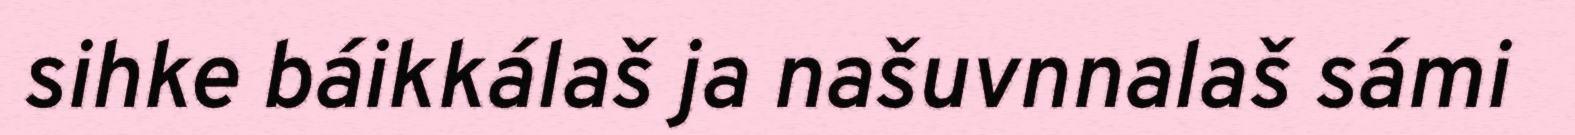
sihke báikkálaš ja našuvnnalaš sámi